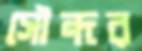
সৌন্দর